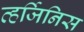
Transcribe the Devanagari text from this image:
व्हर्जिनिस